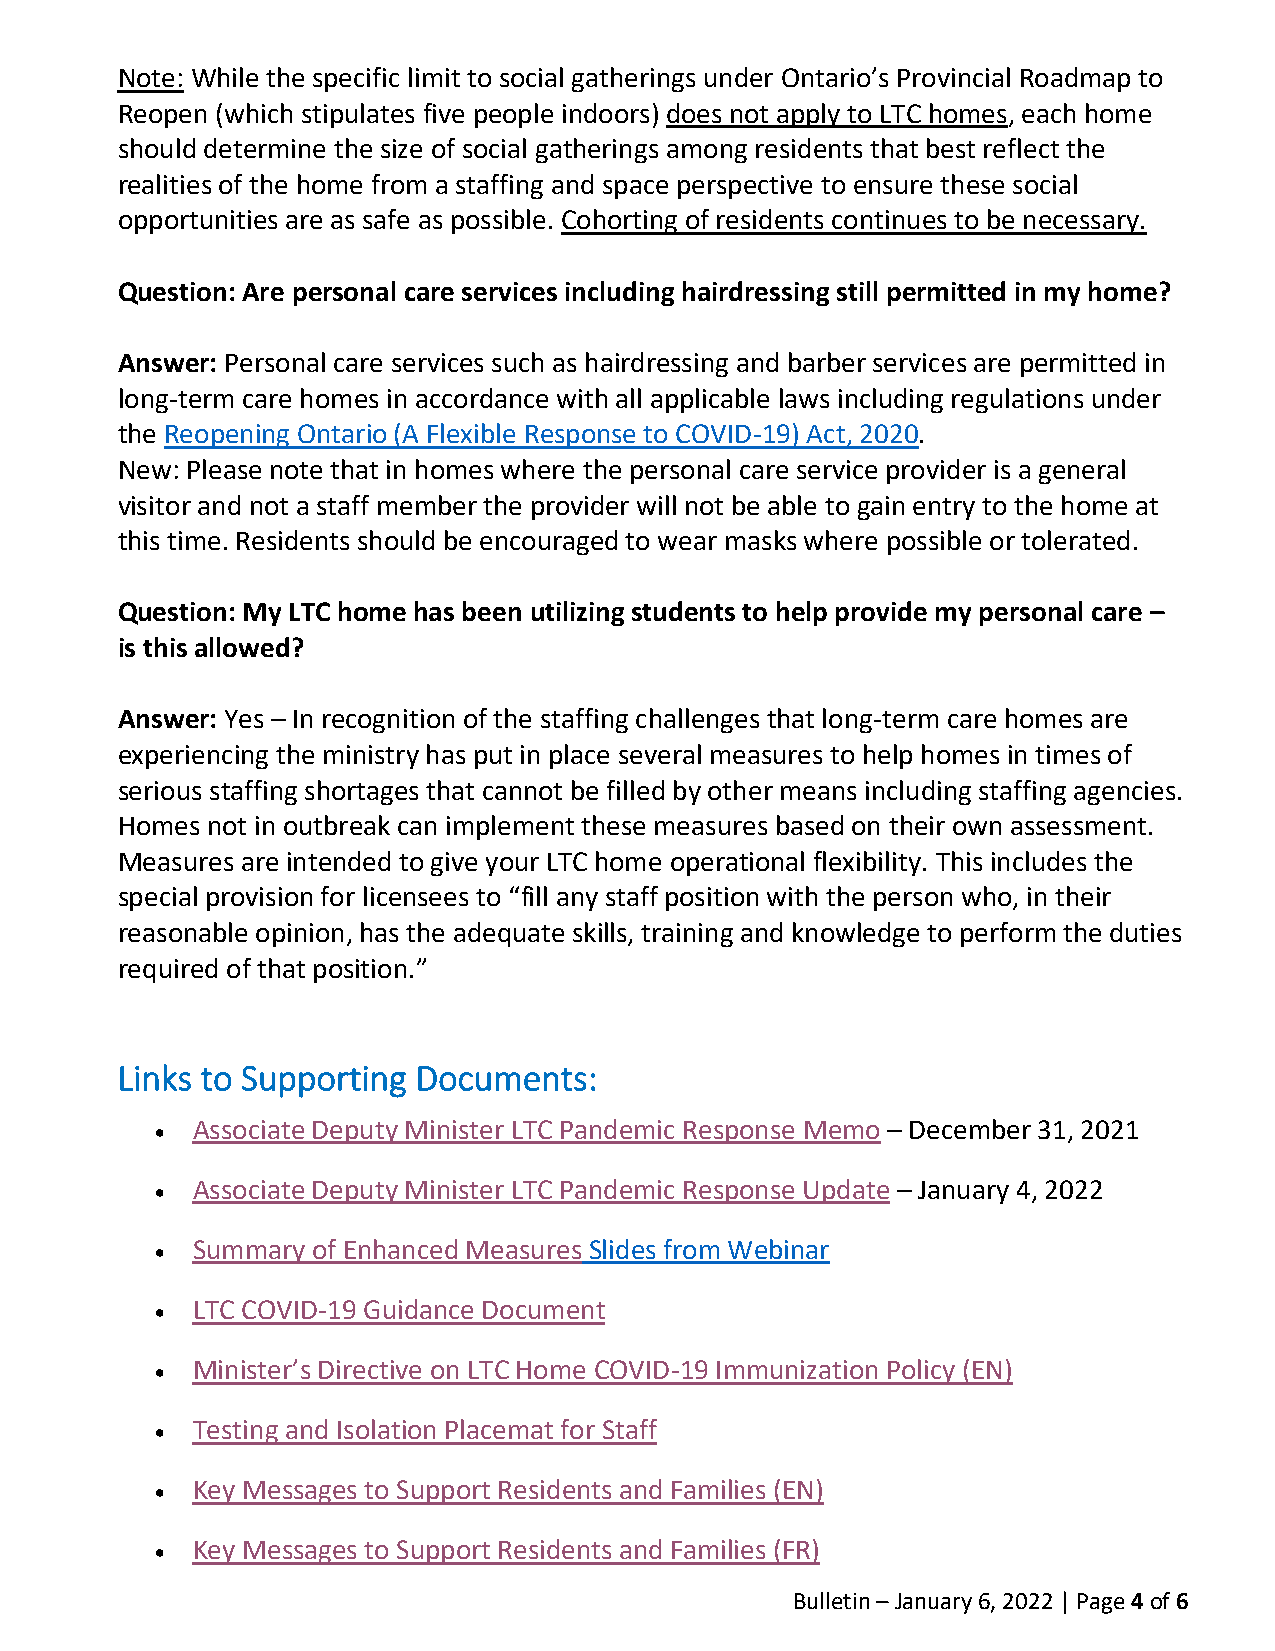
Note: While the specific limit to social gatherings under Ontario’s Provincial Roadmap to
 Reopen (which stipulates five people indoors) does not apply to LTC homes, each home
 should determine the size of social gatherings among residents that best reflect the
 realities of the home from a staffing and space perspective to ensure these social
 opportunities are as safe as possible. Cohorting of residents continues to be necessary.
 Question: Are personal care services including hairdressing still permitted in my home?
 Answer: Personal care services such as hairdressing and barber services are permitted in
 long-term care homes in accordance with all applicable laws including regulations under
 the Reopening Ontario (A Flexible Response to COVID-19) Act, 2020.
 New: Please note that in homes where the personal care service provider is a general
 visitor and not a staff member the provider will not be able to gain entry to the home at
 this time. Residents should be encouraged to wear masks where possible or tolerated.
 Question: My LTC home has been utilizing students to help provide my personal care –
 is this allowed?
 Answer: Yes – In recognition of the staffing challenges that long-term care homes are
 experiencing the ministry has put in place several measures to help homes in times of
 serious staffing shortages that cannot be filled by other means including staffing agencies.
 Homes not in outbreak can implement these measures based on their own assessment.
 Measures are intended to give your LTC home operational flexibility. This includes the
 special provision for licensees to “fill any staff position with the person who, in their
 reasonable opinion, has the adequate skills, training and knowledge to perform the duties
 required of that position.”
 Links to Supporting Documents:
 •  Associate Deputy Minister LTC Pandemic Response Memo – December 31, 2021
 •  Associate Deputy Minister LTC Pandemic Response Update – January 4, 2022
 •  Summary of Enhanced Measures Slides from Webinar
 •  LTC COVID-19 Guidance Document
 •  Minister’s Directive on LTC Home COVID-19 Immunization Policy (EN)
 •  Testing and Isolation Placemat for Staff
 •  Key Messages to Support Residents and Families (EN)
 •  Key Messages to Support Residents and Families (FR)
 Bulletin – January 6, 2022 | Page 4 of 6